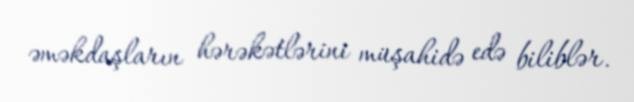
əməkdaşların hərəkətlərini müşahidə edə biliblər.